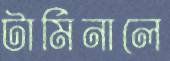
টার্মিনালে